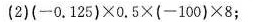
(2)$$( - 0 . 1 2 5 ) × 0 . 5 × ( - 1 0 0 ) × 8$$；